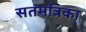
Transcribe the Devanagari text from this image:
सतमत्रिका